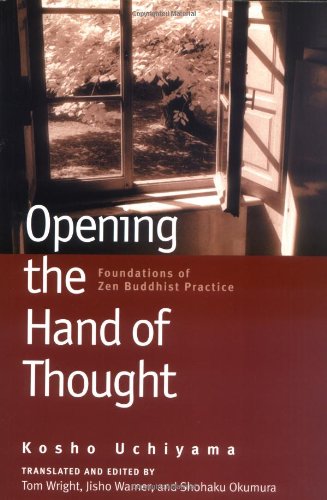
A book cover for Opening the Hand of Thought: Foundations of Zen Buddhist Practice; Kosho Uchiyama Roshi; Religion & Spirituality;